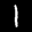
Label: 1